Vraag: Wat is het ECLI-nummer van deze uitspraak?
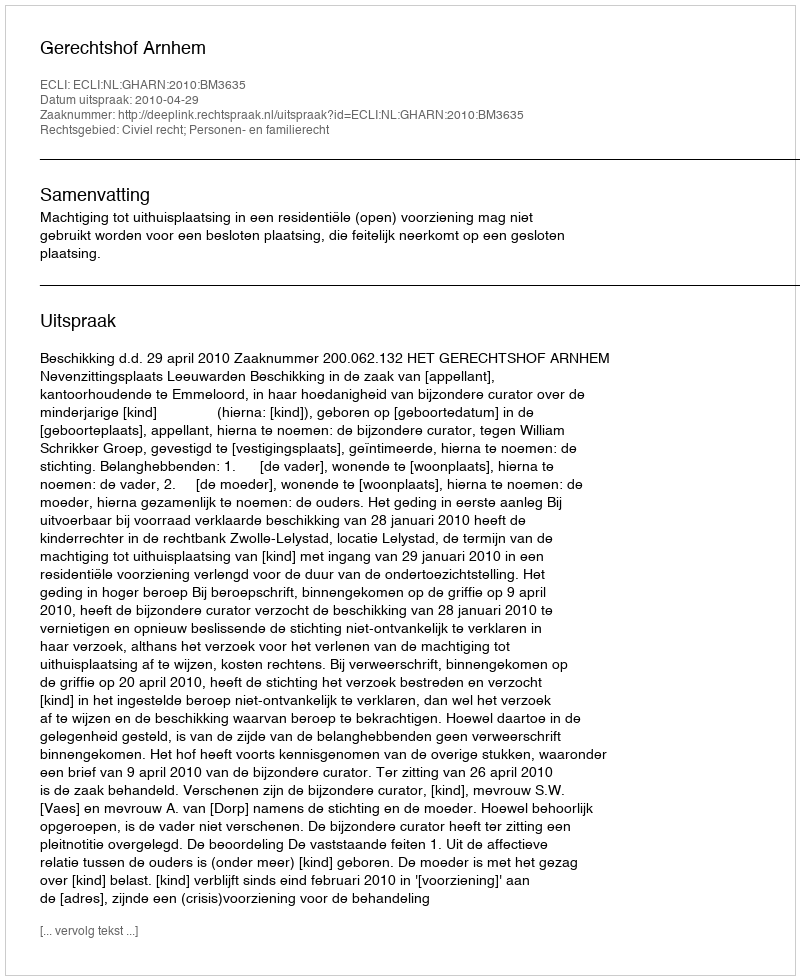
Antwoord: ECLI:NL:GHARN:2010:BM3635